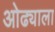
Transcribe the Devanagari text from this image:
ओढ्याला